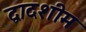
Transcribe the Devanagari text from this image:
द्वादशीम